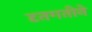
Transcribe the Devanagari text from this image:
दृतगतीने